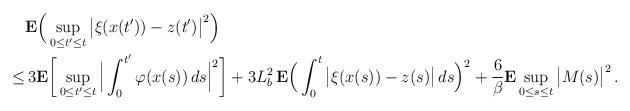
LaTeX: \begin{align*} &\mathbf{E}\Big(\sup_{0 \le t' \le t}\big|\xi(x(t')) - z(t')\big|^2\Big) \\ \le & \,3\mathbf{E}\bigg[\sup_{0 \le t' \le t} \Big|\int_0^{t'} \varphi(x(s))\,ds\Big|^2\bigg] + 3L_b^2\, \mathbf{E}\Big(\int_0^t \big|\xi(x(s)) - z(s)\big|\,ds\Big)^2 + \frac{6}{\beta} \mathbf{E}\sup_{0 \le s \le t} \big|M(s)\big|^2\,. \end{align*}